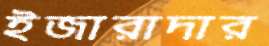
ইজারাদার